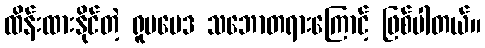
ထိန်းထားနိုင်တဲ့ ရူပဗေဒ သဘောတရားကြောင့် ဖြစ်ပါတယ်။